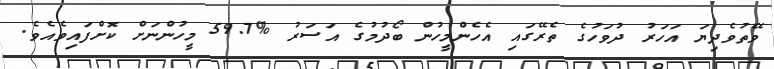
ވޭތުވެދިޔަ އަހަރު ދުވަހުގެ ތެރޭގައި އެހެންމީހުން ބޯދުމުގެ އަސަރު %59.7 މީހުންނަށް ކޮށްފައިވެއެވެ.